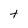
Character: t